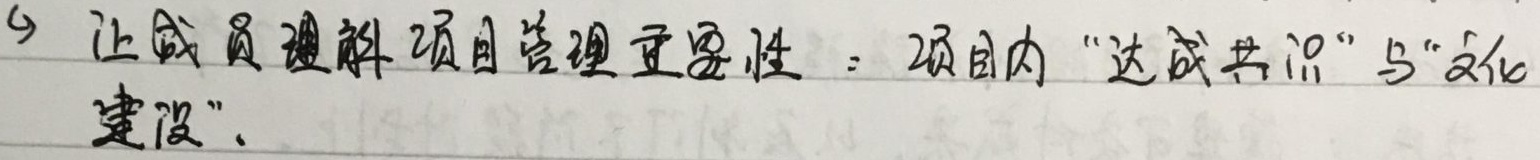
4 让成员理解项目管理重要性：项目内“达成共识”与“文化建设”。